Vaccine operations Central Provinces 1886-1899 - 1886-1899
Year: 1886
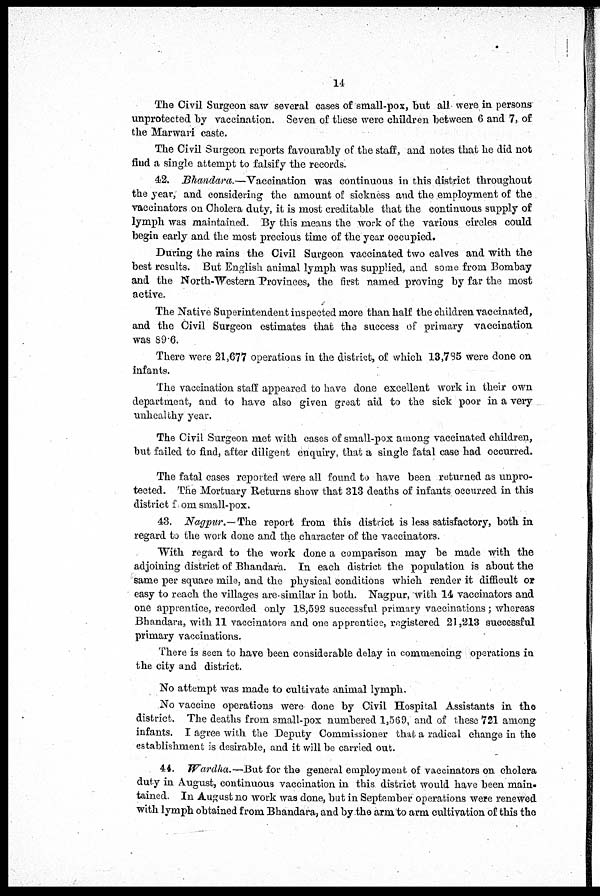
14
The Civil Surgeon saw several cases of small-pox, but all were in persons
unprotected by vaccination. Seven of these were children between 6 and 7, of
the Marwari caste.
The Civil Surgeon reports favourably of the staff, and notes that he did not
find a single attempt to falsify the records.
42. Bhandara.—Vaccination
was continuous in this district throughout
the year, and considering the amount of sickness and the employment of the
vaccinators on Cholera duty, it is most creditable that the continuous supply of
lymph was maintained. By this means the work of the various circles could
begin early and the most precious time of the year occupied.
During the rains the Civil Surgeon vaccinated two calves and with the
best results. But English animal lymph was supplied, and some from Bombay
and the North-Western Provinces, the first named proving by far the most
active.
The Native Superintendent inspected more than half the children vaccinated,
and the Civil Surgeon estimates that the success of primary vaccination
was 89.6.
There were 21,677 operations in the district, of which 13,785 were done on
infants.
The vaccination staff appeared to have done excellent work in their own
department, and to have also given great aid to the sick poor in a very
unhealthy year.
The Civil Surgeon met with cases of small-pox among vaccinated children,
but failed to find, after diligent enquiry, that a single fatal case had occurred.
The fatal cases reported were all found to have been returned as unpro-
tected. The Mortuary Returns show that 313 deaths of infants occurred in this
district from small-pox.
43. Nagpur.—The report from this district is less satisfactory, both in
regard to the work done and the character of the vaccinators.
With regard to the work done a comparison may be made with the
adjoining district of Bhandara. In each district the population is about the
same per square mile, and the physical conditions which render it difficult or
easy to reach the villages are similar in both. Nagpur, with 14 vaccinators and
one apprentice, recorded only 18,592 successful primary vaccinations ; whereas
Bhandara, with 11 vaccinators and one apprentice, registered 21,213 successful
primary vaccinations.
There is seen to have been considerable delay in commencing operations in
the city and district.
No attempt was made to cultivate animal lymph.
No vaccine operations were done by Civil Hospital Assistants in the
district. The deaths from small-pox numbered 1,569, and of these 721 among
infants. I agree with the Deputy Commissioner that a radical change in the
establishment is desirable, and it will be carried out.
44. Wardha.—But for the general employment of vaccinators on cholera
duty in August, continuous vaccination in this district would have been main-
tained. In August no work was done, but in September operations were renewed
with lymph obtained from Bhandara, and by the arm to arm cultivation of this the